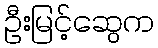
ဦးမြင့်ဆွေက